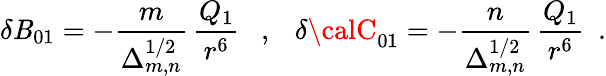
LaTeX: \delta{\cal\mathit{B}}_{01}=-\frac{{m}}{{\Delta_{m,n}^{1/2}}}\, \frac{{Q_{1}}}{{r^{6}}}~~~,~~~\delta{\calC}_{01}=-\frac{{n}}{{\Delta_{m,n}^{1/2}}}\, \frac{{Q_{1}}}{{r^{6}}}~~.